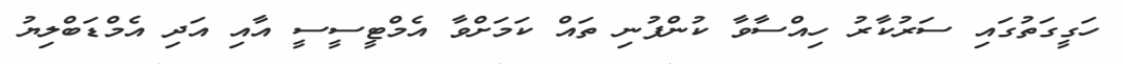
ހަގީގަތުގައި ސަރުކާރު ހިއްސާވާ ކުންފުނި ތައް ކަމަށްވާ އެމްޓީސީސީ އާއި އަދި އެމްޑަބްލިޔު